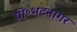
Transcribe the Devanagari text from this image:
प्रो॰भटनागर